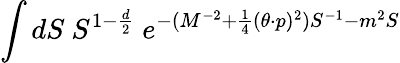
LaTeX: \int{dS~S^{1-{\frac{d}{2}}}~e^{-(M^{-2}+\frac{1}{4}(\theta\cdot p)^{2})S^{-1}-m^{2}S}}